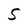
Character: 5